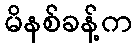
မိနစ်ခန့်က